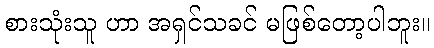
စားသုံးသူ ဟာ အရှင်သခင် မဖြစ်တော့ပါဘူး။